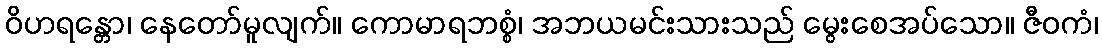
ဝိဟရန္တော၊ နေတော်မူလျက်။ ကောမာရဘစ္စံ၊ အဘယမင်းသားသည် မွေးစေအပ်သော။ ဇီဝကံ၊